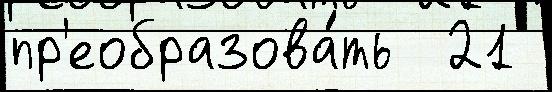
пр'еобразова́ть  21